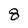
Character: 8